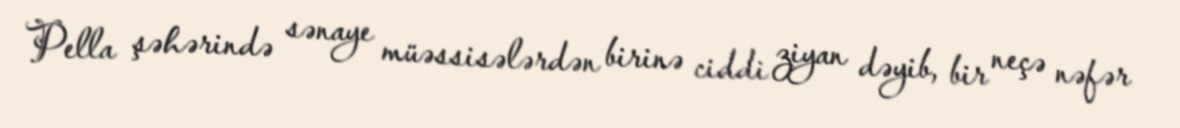
Pella şəhərində sənaye müəssisələrdən birinə ciddi ziyan dəyib, bir neçə nəfər